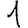
Digit: 1